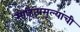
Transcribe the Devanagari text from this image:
साहित्यमूल्यांची